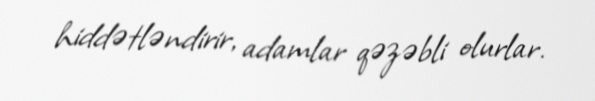
hiddətləndirir, adamlar qəzəbli olurlar.